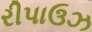
રીપાઉઝ